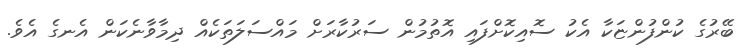
ބޭރުގެ ކުންފުންޏަކާ އެކު ސޮއިކޮށްފައި އޮތުމުން ސަރުކާރަށް މައްސަލަތަކެއް ދިމާވާނެކަން އެނގެ އެވެ.